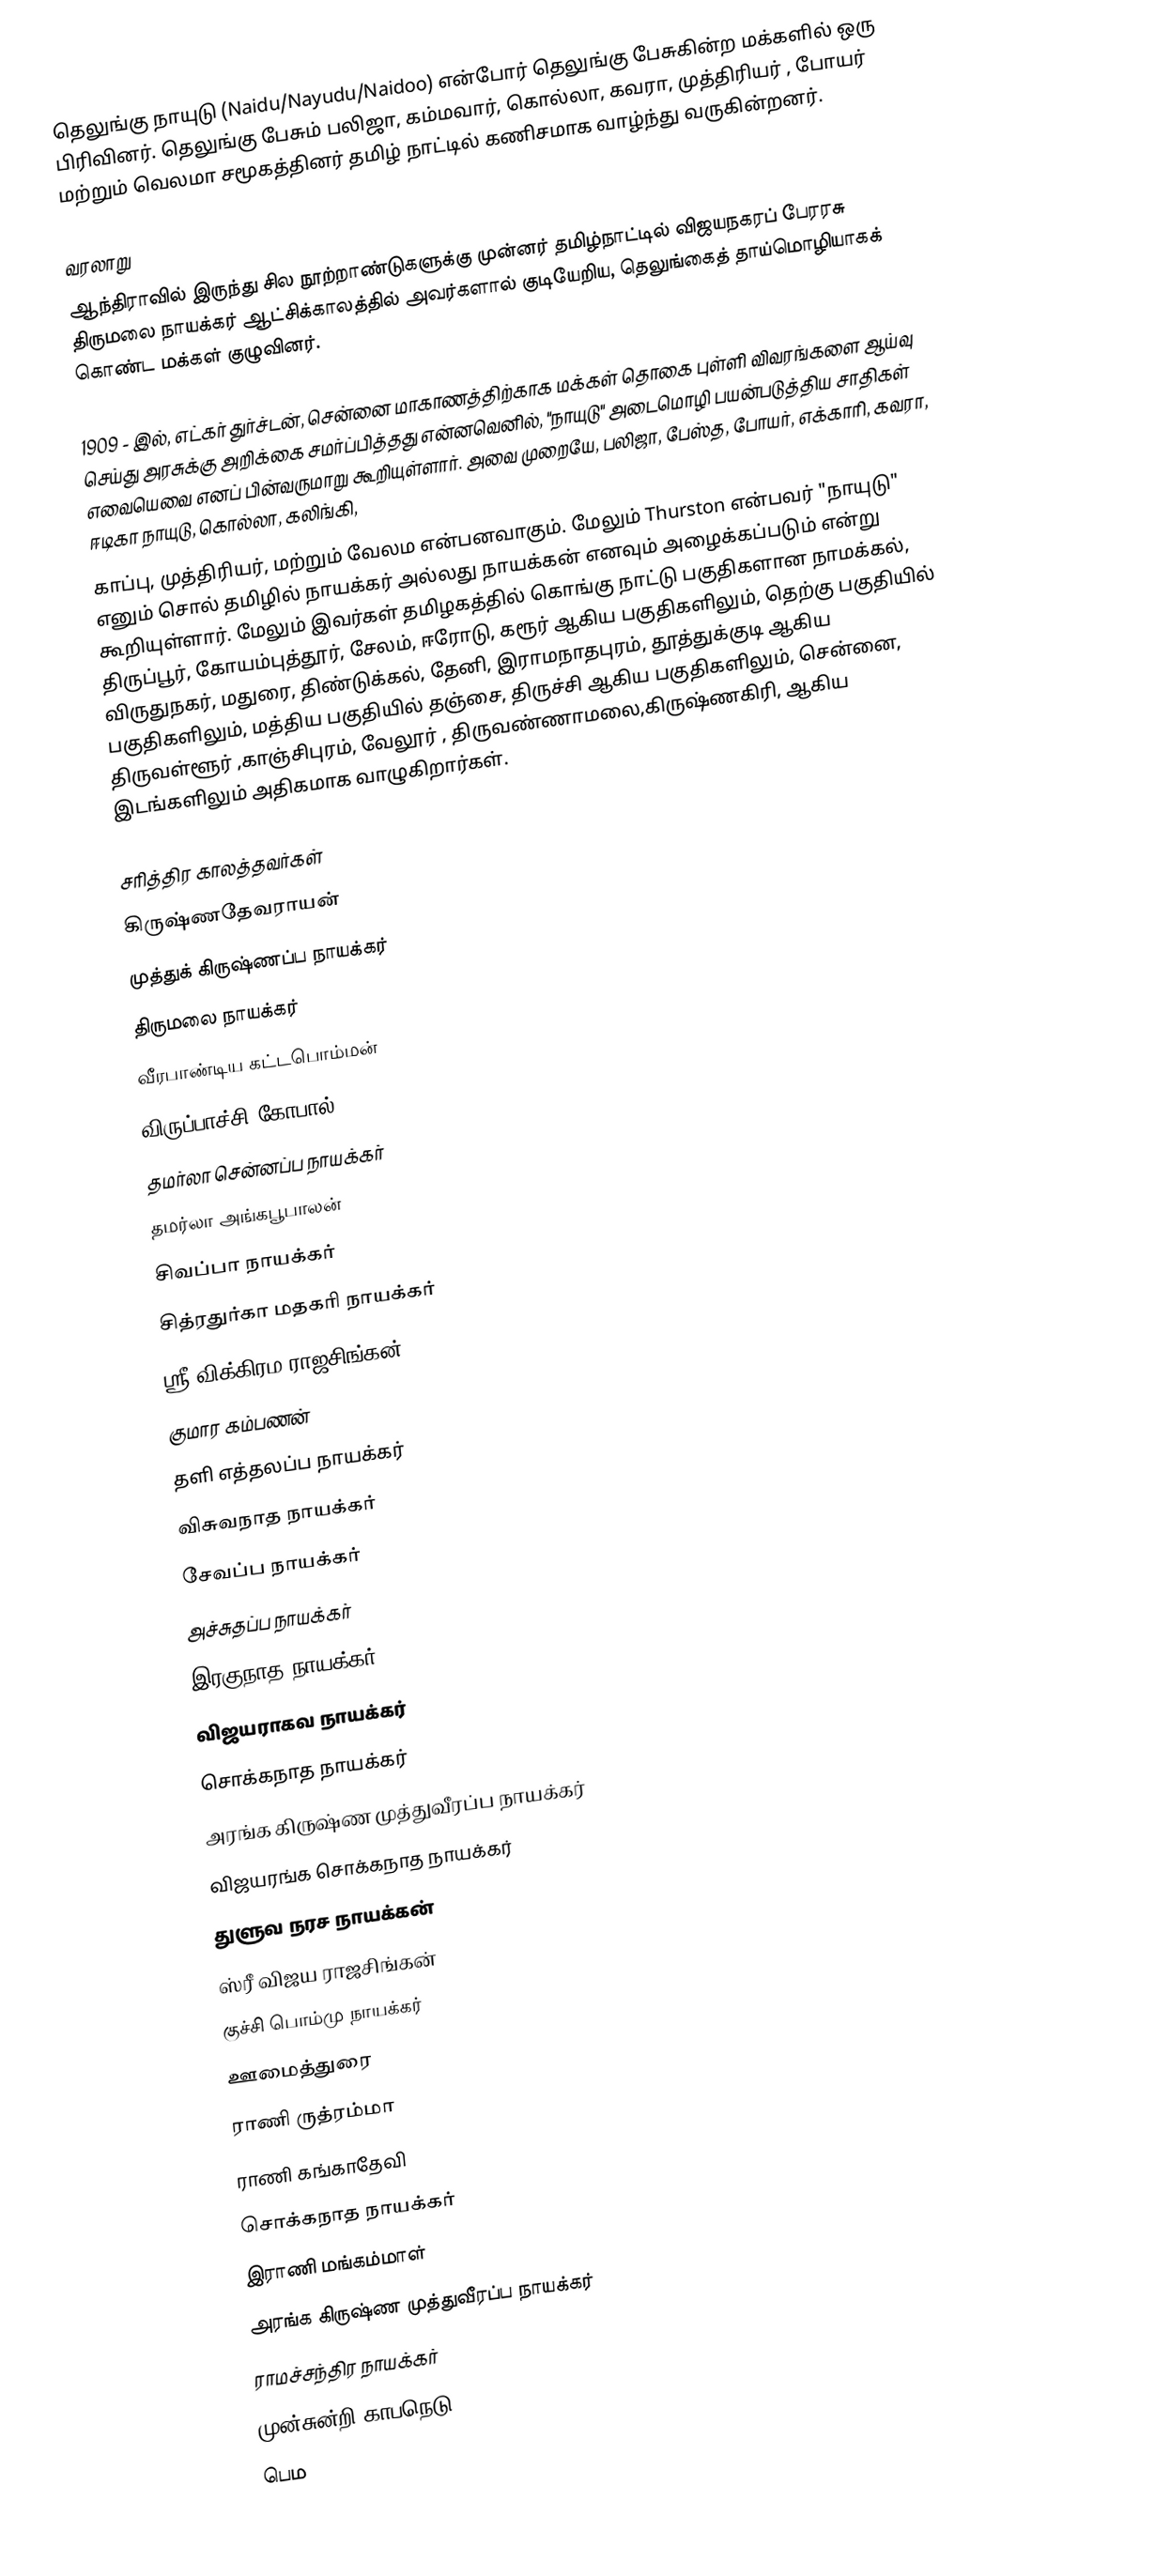
தெலுங்கு நாயுடு (Naidu/Nayudu/Naidoo) என்போர் தெலுங்கு பேசுகின்ற மக்களில் ஒரு பிரிவினர். தெலுங்கு பேசும் பலிஜா, கம்மவார்,  கொல்லா, கவரா, முத்திரியர் , போயர் மற்றும் வெலமா சமூகத்தினர் தமிழ் நாட்டில் கணிசமாக வாழ்ந்து வருகின்றனர்.

வரலாறு
ஆந்திராவில் இருந்து சில நூற்றாண்டுகளுக்கு முன்னர் தமிழ்நாட்டில் விஜயநகரப் பேரரசு திருமலை நாயக்கர் ஆட்சிக்காலத்தில் அவர்களால் குடியேறிய, தெலுங்கைத் தாய்மொழியாகக் கொண்ட மக்கள் குழுவினர்.

1909 - இல், எட்கர் துர்ச்டன், சென்னை மாகாணத்திற்காக மக்கள் தொகை புள்ளி விவரங்களை ஆய்வு செய்து அரசுக்கு அறிக்கை சமர்ப்பித்தது என்னவெனில்,    "நாயுடு"   அடைமொழி  பயன்படுத்திய சாதிகள் எவையெவை எனப் பின்வருமாறு கூறியுள்ளார். அவை முறையே, பலிஜா, பேஸ்த, போயர், எக்காரி, கவரா, ஈடிகா நாயுடு, கொல்லா, கலிங்கி,
காப்பு, முத்திரியர், மற்றும் வேலம என்பனவாகும். மேலும் Thurston என்பவர் "நாயுடு"  எனும் சொல் தமிழில் நாயக்கர் அல்லது  நாயக்கன் எனவும்  அழைக்கப்படும் என்று கூறியுள்ளார். மேலும் இவர்கள்  தமிழகத்தில் கொங்கு நாட்டு பகுதிகளான நாமக்கல், திருப்பூர், கோயம்புத்தூர், சேலம், ஈரோடு, கரூர் ஆகிய பகுதிகளிலும், தெற்கு பகுதியில் விருதுநகர், மதுரை, திண்டுக்கல், தேனி, இராமநாதபுரம், தூத்துக்குடி ஆகிய பகுதிகளிலும், மத்திய பகுதியில் தஞ்சை, திருச்சி ஆகிய பகுதிகளிலும், சென்னை, திருவள்ளூர் ,காஞ்சிபுரம், வேலூர் , திருவண்ணாமலை,கிருஷ்ணகிரி,  ஆகிய இடங்களிலும் அதிகமாக வாழுகிறார்கள்.

சரித்திர காலத்தவர்கள்
 கிருஷ்ணதேவராயன்
 முத்துக் கிருஷ்ணப்ப நாயக்கர்
 திருமலை நாயக்கர்
 வீரபாண்டிய கட்டபொம்மன்
 விருப்பாச்சி கோபால்
 தமர்லா சென்னப்ப நாயக்கர்
 தமர்லா அங்கபூபாலன்
 சிவப்பா நாயக்கர்
 சித்ரதுர்கா மதகரி நாயக்கர்
 ஸ்ரீ விக்கிரம ராஜசிங்கன்
 குமார கம்பணன்
 தளி எத்தலப்ப நாயக்கர்
 விசுவநாத நாயக்கர்
 சேவப்ப நாயக்கர்
 அச்சுதப்ப நாயக்கர்
 இரகுநாத நாயக்கர்
 விஜயராகவ நாயக்கர்
 சொக்கநாத நாயக்கர்
 அரங்க கிருஷ்ண முத்துவீரப்ப நாயக்கர்
 விஜயரங்க சொக்கநாத நாயக்கர்
 துளுவ நரச நாயக்கன்
 ஸ்ரீ விஜய ராஜசிங்கன்
 குச்சி பொம்மு நாயக்கர்
 ஊமைத்துரை
 ராணி ருத்ரம்மா
 ராணி கங்காதேவி
 சொக்கநாத நாயக்கர்
 இராணி மங்கம்மாள்
 அரங்க கிருஷ்ண முத்துவீரப்ப நாயக்கர்
 ராமச்சந்திர நாயக்கர்
 முன்சுன்றி காபநெடு
 பெம